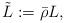
LaTeX: \begin{align*}\tilde{L}:=\bar\rho L,\end{align*}